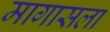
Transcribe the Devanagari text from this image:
मागासला